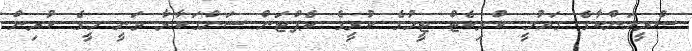
ސްރީލަންކާގެ ގައުމީ ކްރިކެޓް ޓީމުގެ ކުރީގެ ކެޕްޓަން ސަންގަކާރާ ވަނީ މީގެ ކުރިން